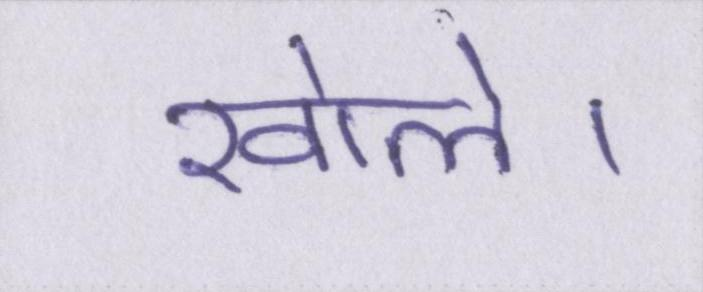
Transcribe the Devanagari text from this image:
खोले।